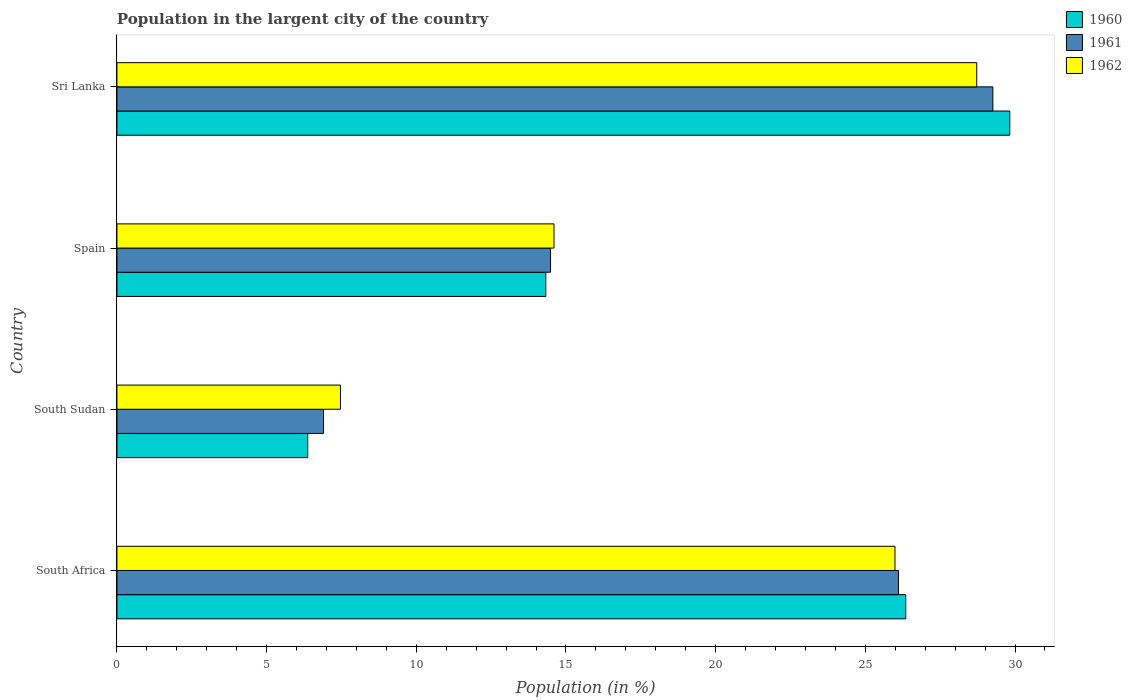
| Country | 1960 | 1961 | 1962 |
 | --- | --- | --- | --- |
 | South Africa | 26.3 | 26.1 | 26 |
 | South Sudan | 6.37 | 6.9 | 7.47 |
 | Spain | 14.3 | 14.5 | 14.6 |
 | Sri Lanka | 29.8 | 29.3 | 28.7 |